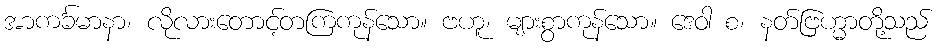
အာကင်္ခမာနာ၊ လိုလားတောင့်တကြကုန်သော။ ဗဟူ၊ များစွာကုန်သော။ ဒေဝါ စ၊ နတ်ဗြဟ္မာတို့သည်